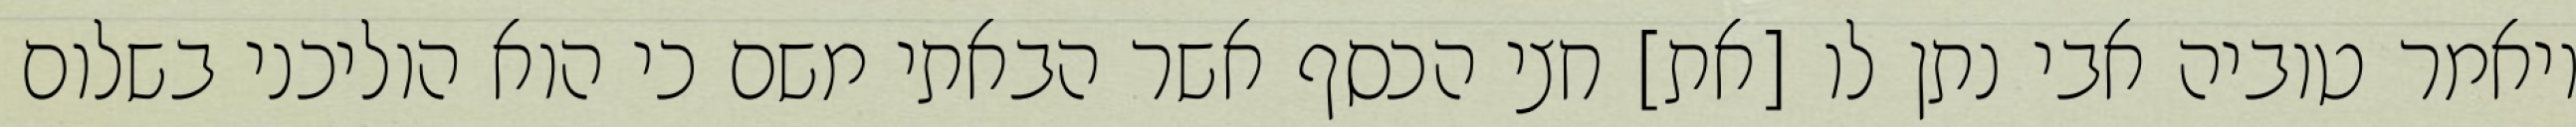
ויאמר טוביה אבי נתן לו [את] חצי הכסף אשר הבאתי משם כי הוא הוליכני בשלום